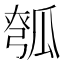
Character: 𪼵